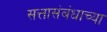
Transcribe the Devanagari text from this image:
सत्तासंबंधाच्या